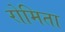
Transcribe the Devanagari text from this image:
रोमिता